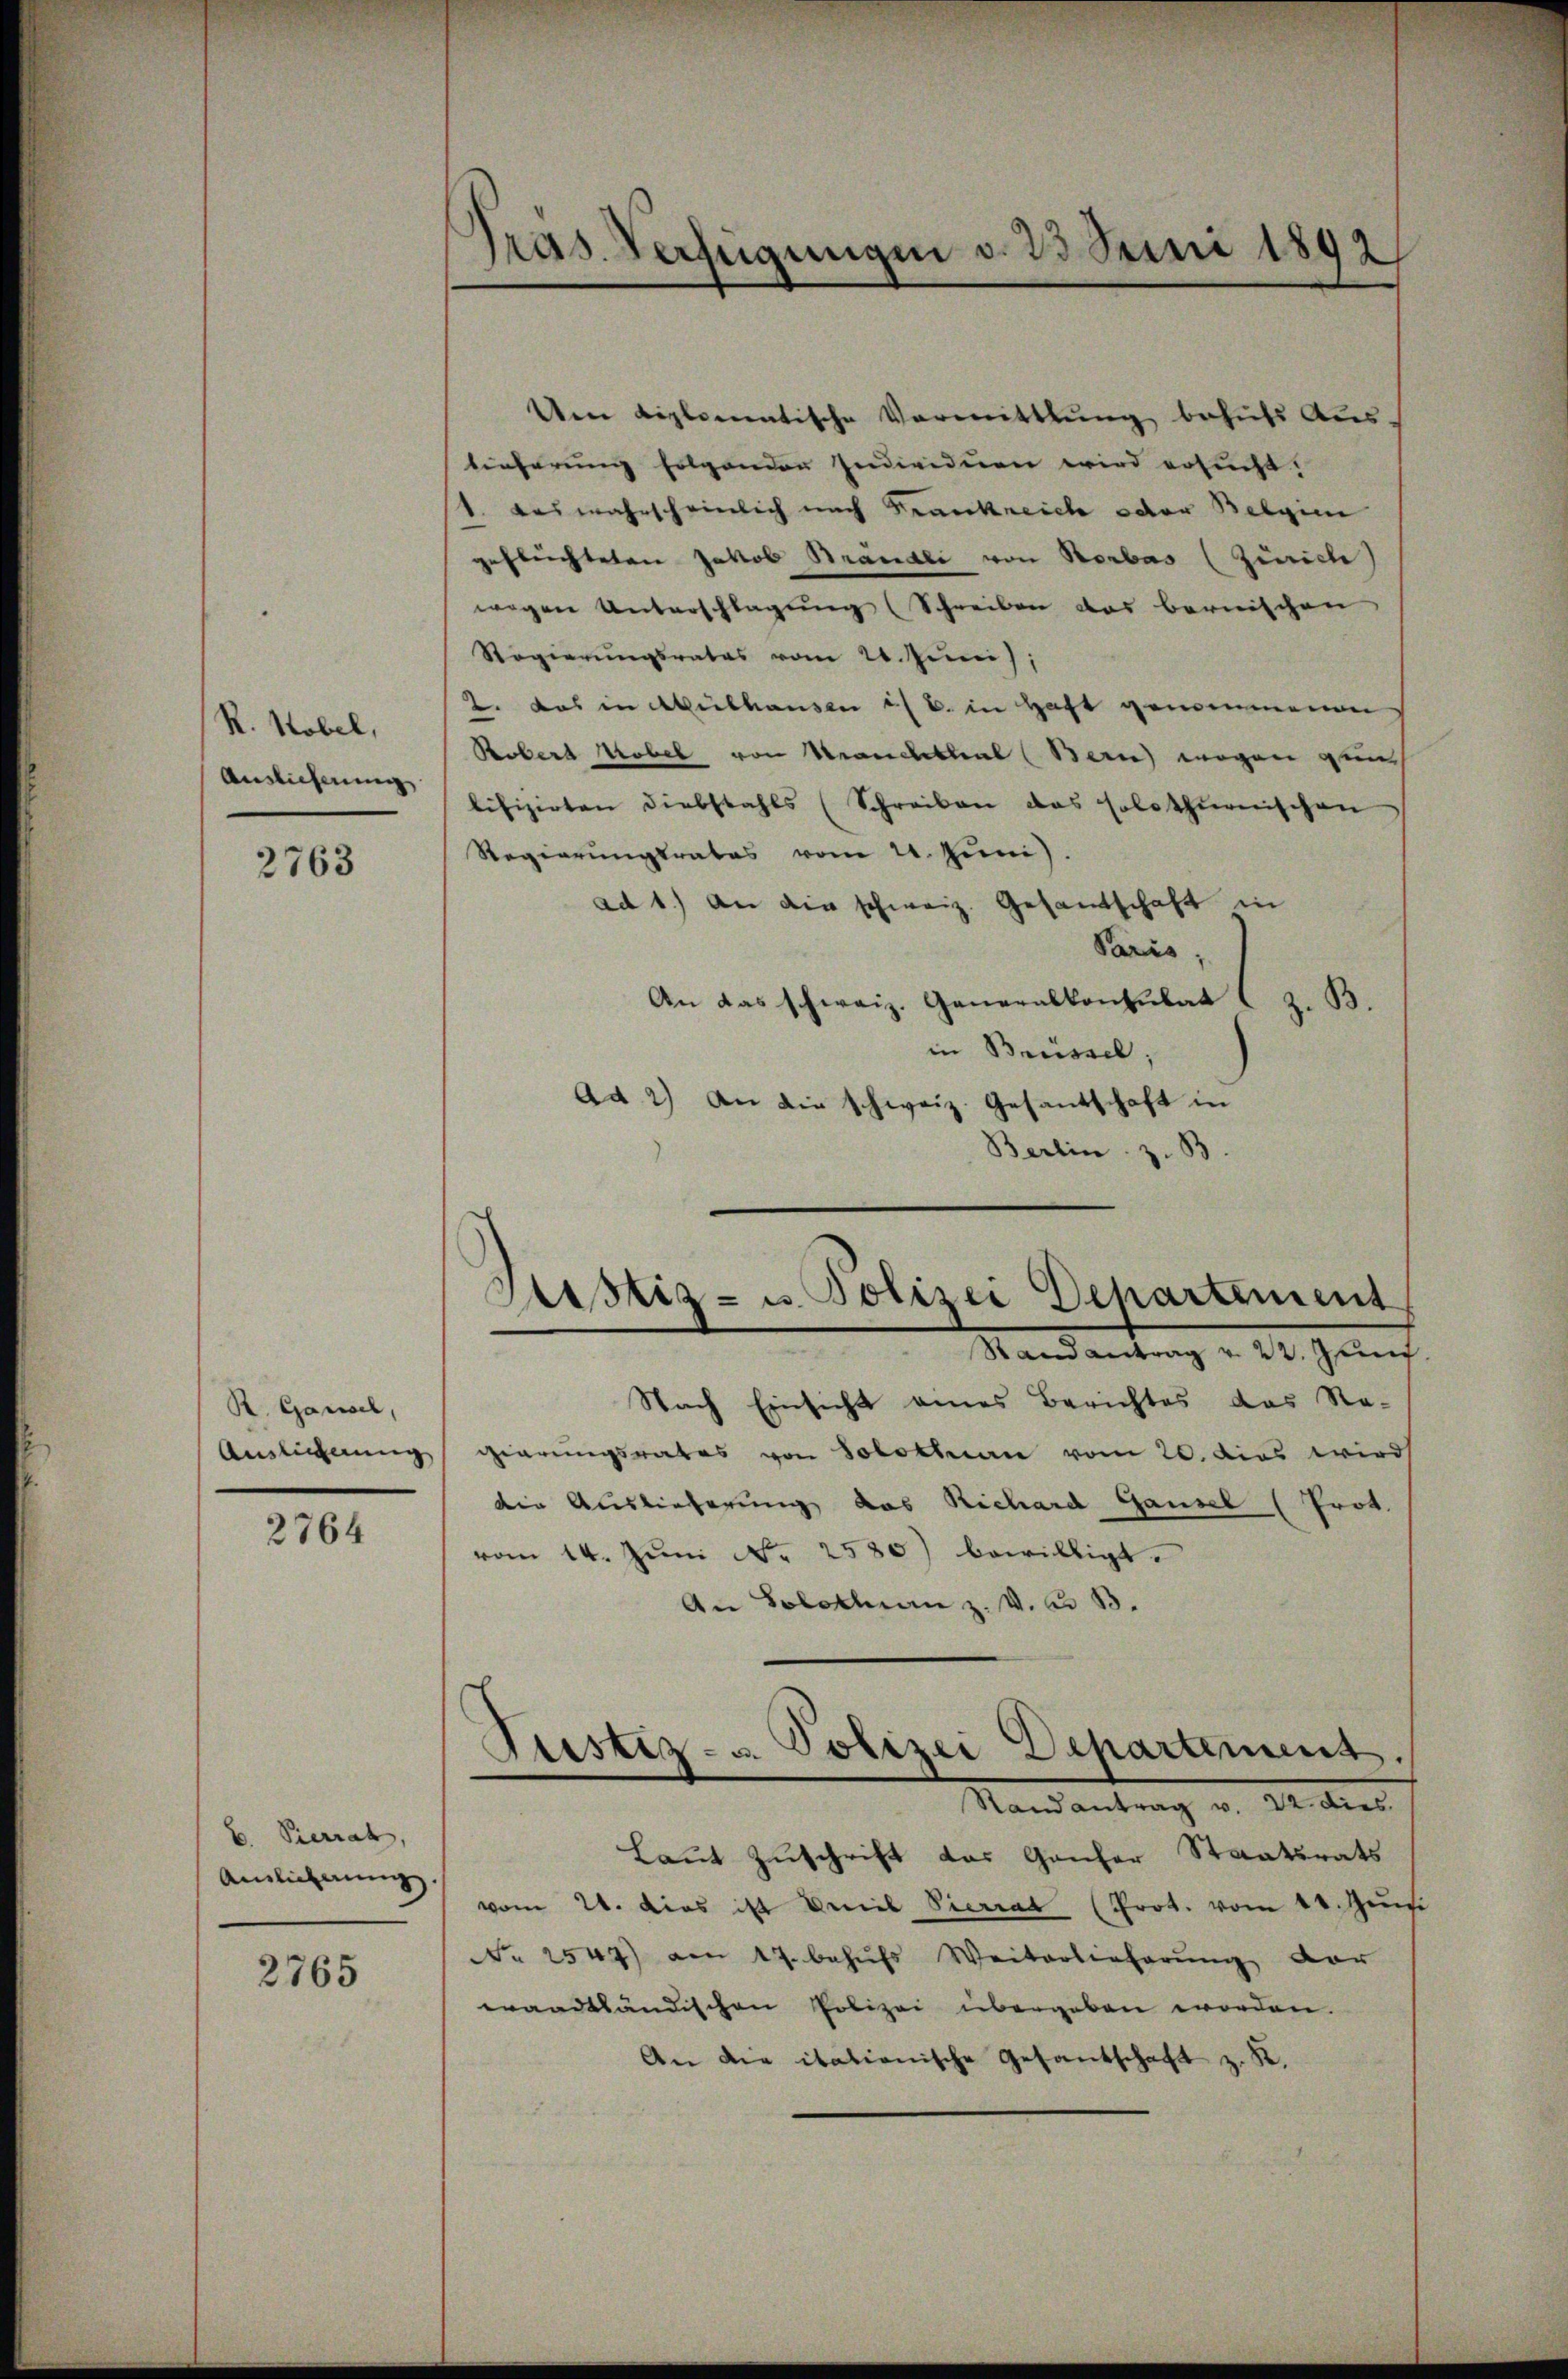
R. Hobel,
Auslieferung

2763

R. Gassel,
Auslignung

2764

B. Pierrat,
Auslicherung

2765

Pras. Verfügungen d. 23 Juni 1892

Um diplomatische Vormittlung behufs Aus-
tieferung folgenden Individuen wird ersucht.
1. Das wahrscheinlich nach Frankreiche oder Belgie
geflüchteten Jakob Brändli von Horbas (Zürich
wegen Unterschlagung (Schreiben das bernischen
Regierungsrates vom 20. Juni,
2. das in Mülhausen :/ B. in Haft genommenen
Robert Tobel von Manchthal (Bern wegen zun
lifizirten Diebstahls (Schreiben das solothurnischen
Regierŭngsrates vom 21. Jŭni).
ad 1.) An die schweiz. Gesamtschaft in
Paris,
An das schweiz. Generalkonsulat
s
in Brüssel,
Ad 2) An die schweiz. Gesandschaft in
Berlin z. B

Justiz- u. Polizei Departement

Nach Einsicht eines Berichtes das Re-
gierungsrates von Solothurn vom 20. dies wird
die Auslieferung des Richard Gausel (Prot.
vom 14. Juni No 2580) bewilligt.
An Solothurn z. v. u. B.
Stand antrag u. Andres
Laut Zuschrift das Ganzer Staatsrats
vom 24. dies ist Weib Pierrat (Prot. vom 14. Juni
No 2547) am 17. behŭfs Weiterlieferŭng vor
wandtländischen Polizei übergeben worden.
An die itationische Gesandschaft z. K.

Justiz- u. Polizei Departement.